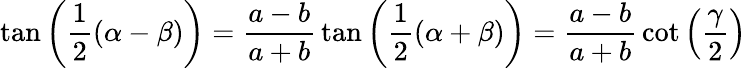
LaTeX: \tan\left({\frac{1}{2}}(\alpha-\beta)\right)={\frac{a-b}{a+b}}\tan\left({\frac{1}{2}}(\alpha+\beta)\right)={\frac{a-b}{a+b}}\cot\left({\frac{\gamma}{2}}\right)